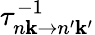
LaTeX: \tau_{n\mathbf k\rightarrow n^{\prime}\mathbf k^{\prime}}^{-1}